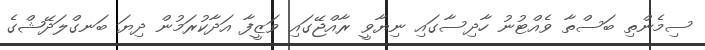
ސިމެންތި ބަސްތާ ވެއްޓުނު ހާދިސާގައި ނިޔާވީ ރާއްޖޭގައި ވަޒީފާ އަދާކުރަމުން ދިޔަ ބަނގްލަދޭޝްގެ